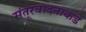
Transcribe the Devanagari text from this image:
संतूरवादनाकडे